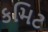
કમિટ